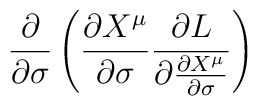
\displaystyle{\frac{\partial }{\partial \sigma}\left(\frac{\partial X^\mu}{\partial \sigma}\frac{\partial L}{\partial  \frac{\partial X^\mu}{\partial \sigma}}\right)}